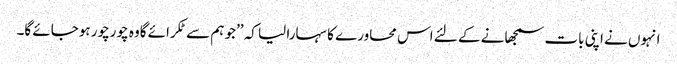
انہوں نے اپنی بات سمجھانے کے لئے اس محاورے کا سہارا لیا کہ ’’جو ہم سے ٹکرائے گاوہ چورچور ہوجائے گا۔